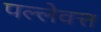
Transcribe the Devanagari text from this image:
पल्लेवत्त